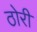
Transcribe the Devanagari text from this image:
ठोरी